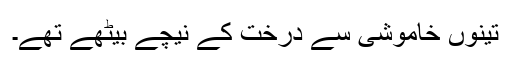
تینوں خاموشی سے درخت کے نیچے بیٹھے تھے۔